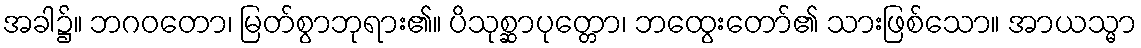
အခါ၌။ ဘဂဝတော၊ မြတ်စွာဘုရား၏။ ပိသုစ္ဆာပုတ္တော၊ ဘထွေးတော်၏ သားဖြစ်သော။ အာယသ္မာ